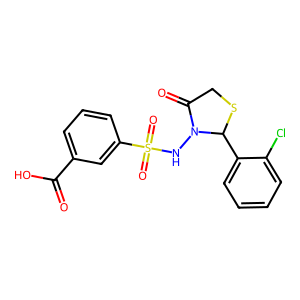
SMILES: O=C(O)c1cccc(S(=O)(=O)NN2C(=O)CSC2c2ccccc2Cl)c1
Inhibits HIV replication: Yes